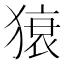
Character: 𤠠